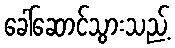
ခေါ်ဆောင်သွားသည့်